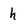
Character: h